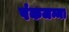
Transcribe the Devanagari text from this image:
पंकजम्मा